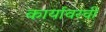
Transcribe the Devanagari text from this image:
कार्यावरची